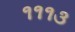
૧૧૧૩